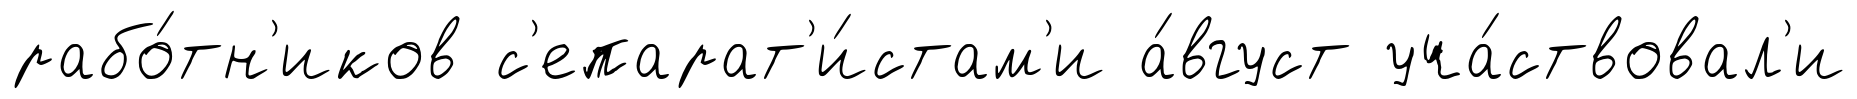
рабо́тн'иков с'епарат'и́стам'и а́вгуст уча́ствовал'и